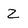
Character: 2